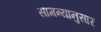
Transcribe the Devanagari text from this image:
सामन्यानुसार